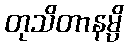
တုသိတာနမ္ပိ